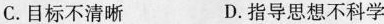
C.目标不清晰 D.指导思想不科学